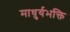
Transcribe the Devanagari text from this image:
माधुर्यभक्ति